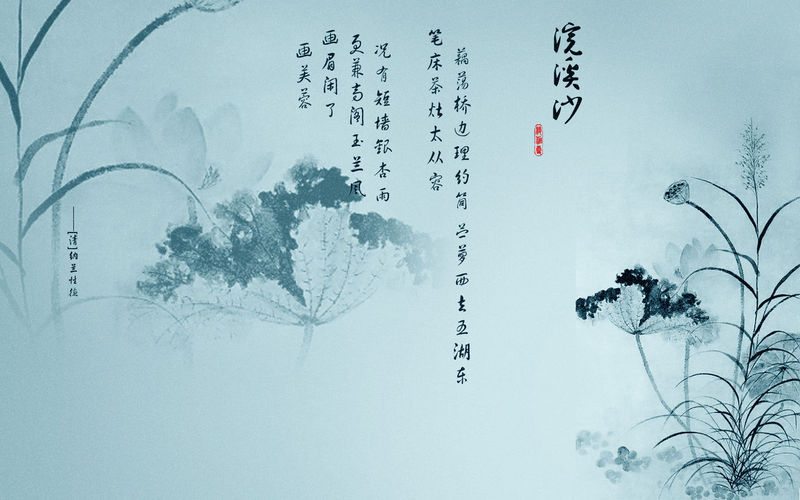
谁念西风独自凉，萧萧黄叶闭疏窗，沉思往事立残阳。